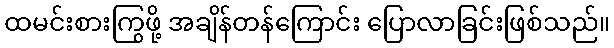
ထမင်းစားကြွဖို့ အချိန်တန်ကြောင်း ပြောလာခြင်းဖြစ်သည်။